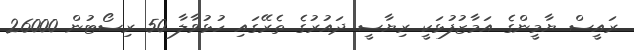
ރައީސް ޔާމީންގެ އަމާޒުފުޅަކީ ރިޔާސީ ދައުރުގެ ތެރޭގައި ހުޅުވާލާ 50 ރިސޯޓުން 26000